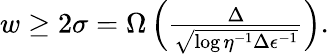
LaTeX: \begin{array}{r}{w\ge 2\sigma=\Omega\left(\frac{\Delta}{\sqrt{\log{\eta^{-1}\Delta\epsilon^{-1}}}}\right).}\end{array}